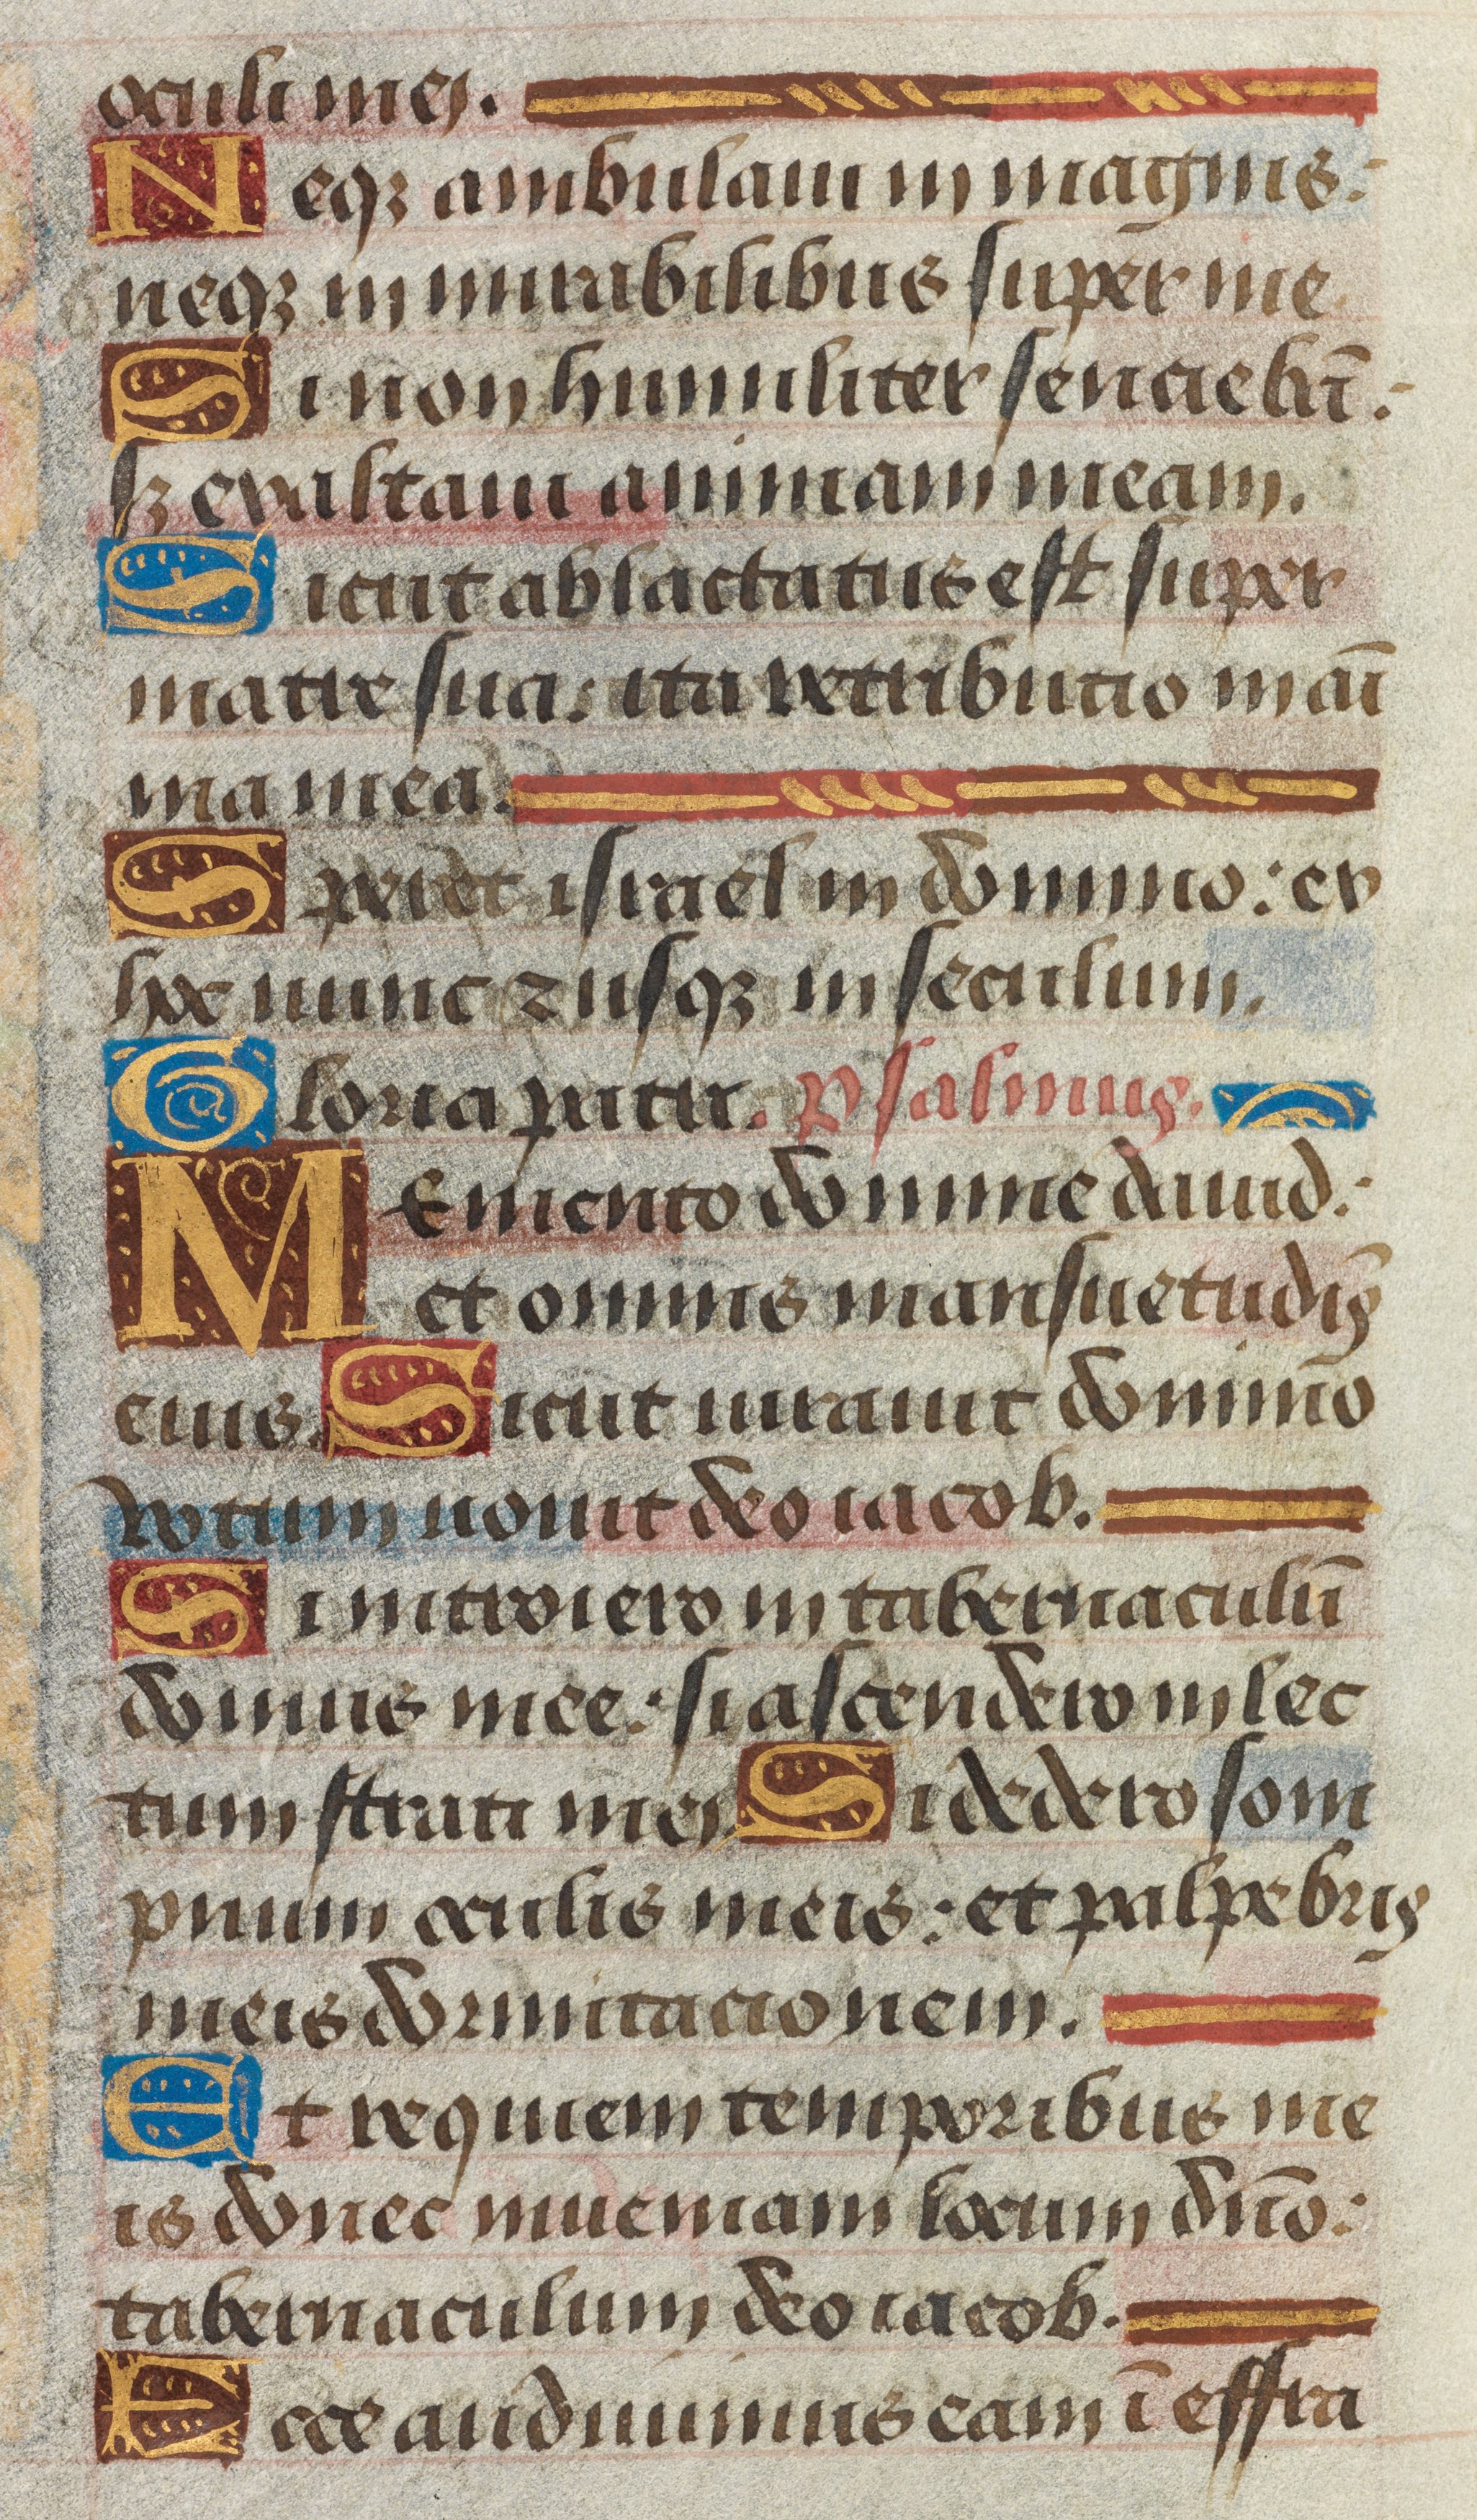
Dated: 1450–1499